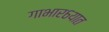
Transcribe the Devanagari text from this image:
गाभार६यात